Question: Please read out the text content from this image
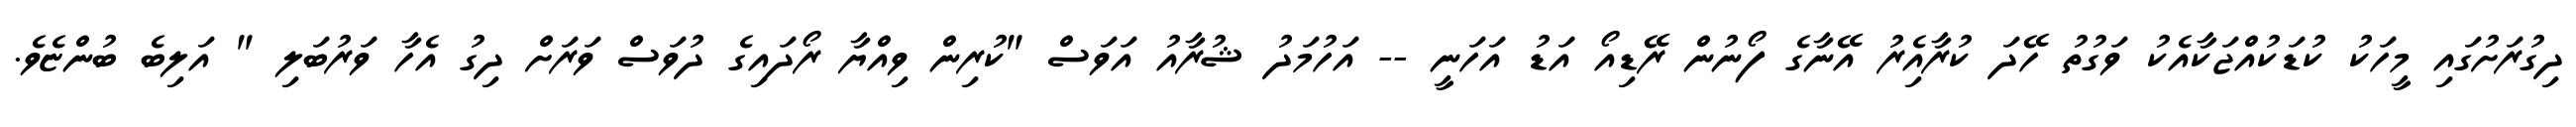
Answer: ދިގުރަށުގައި މީހަކު ކުޑަކުއްޖަކާއެކު ވަގުތު ހޭދަ ކުރާއިެރު އޭނާގެ ފޯނުން ރޭޑިއޯ އަޑު އަހަނީ -- އަހުމަދު ޝުރާއު އަވަސް "ކުރިން ވިއްޔާ ރޯދައިގެ ދުވަސް ވަރަށް ދިގު އެހާ ވަރުބަލި " އަލިބެ ބުންޏެވެ.